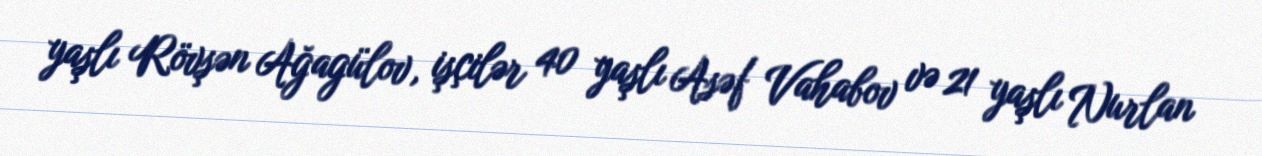
yaşlı Rövşən Ağagülov, işçilər 40 yaşlı Asəf Vahabov və 21 yaşlı Nurlan